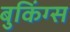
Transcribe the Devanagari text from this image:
बुकिंग्स